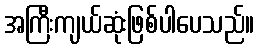
အကြီးကျယ်ဆုံးဖြစ်ပါပေသည်။